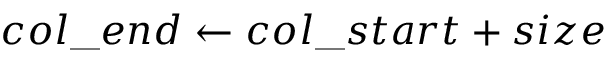
c o l \_ e n d \gets c o l \_ s t a r t + s i z e